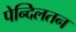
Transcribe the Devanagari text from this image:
पेन्दिलतन